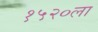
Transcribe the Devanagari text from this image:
१५२०ला